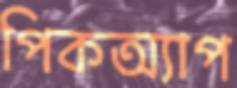
পিকঅ্যাপ